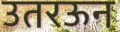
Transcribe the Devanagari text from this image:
उतरऊन